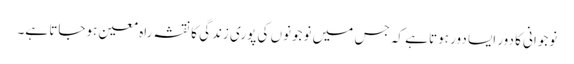
نوجوانی کا دور ایسا دور ہوتا ہے کہ جس میں نوجونوں کی پوری زندگی کا نقشہ راہ معین ہوجاتا ہے۔